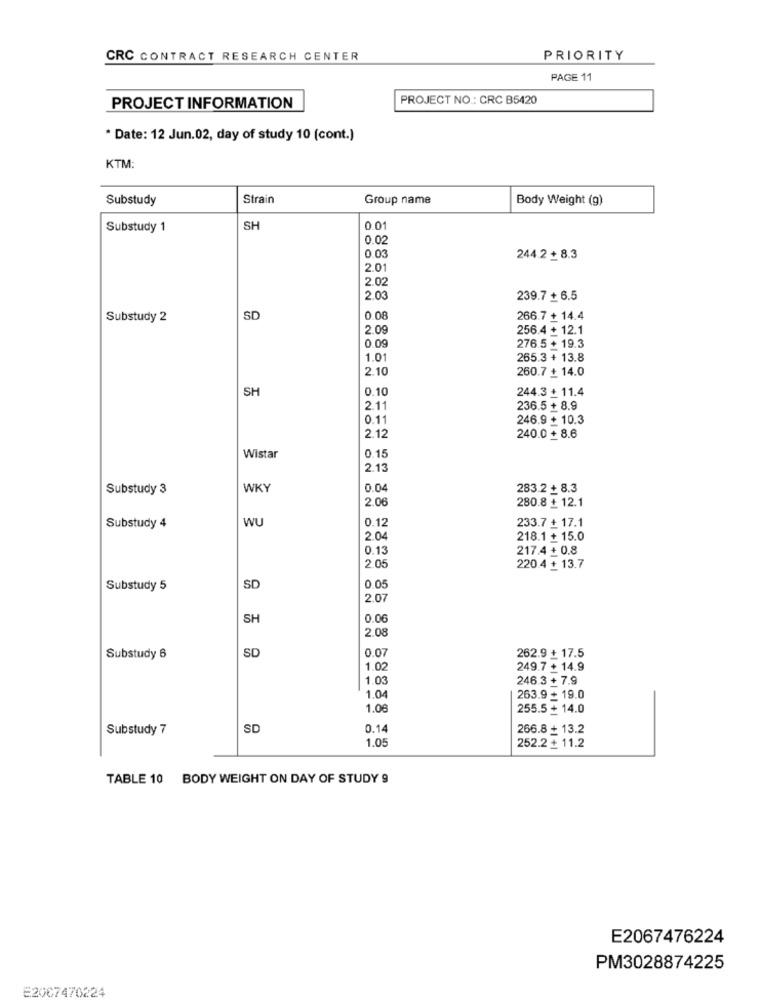
CRC CONTRACT RESEARCH CENTER
PRIORITY
PAGE 11
PROJECT NO .: CRC B5420
PROJECT INFORMATION
* Date: 12 Jun.02, day of study 10 (cont.)
KTM:
Substudy
Strain
Group name
Body Weight (g)
Substudy 1
SH
0.01
0.02
0.03
244.2 + 8.3
2.01
2.02
2.03
239.7 + 6.5
Substudy 2
SD
0.08
266.7 + 14.4
2.0
256.4 + 12.1
0.09
276.5 + 19.3
1.01
265.3 + 13.8
2.10
260.7 + 14.0
SH
0.10
244.3 + 11.4
2.11
236.5 + 8.9
0.11
246.9 + 10.3
2.12
240.0 + 8.6
0.15
Wistar
2.13
Substudy 3
WKY
0.04
283.2 + 8.3
2.06
280.8 + 12.1
WU
0.12
Substudy 4
233.7 + 17.1
2.04
218.1 + 15.0
0.13
217.4 + 0.8
2.05
220.4 + 13.7
Substudy 5
SD
0.05
2.07
SH
0.00
2.08
SD
0.07
262.9 + 17.5
Substudy 6
1.0
249.7 + 14.9
1.03
246.3 + 7.9
1.04
263.9+ 19.0
1.0€
255.5 + 14.0
Substudy 7
SD
0.1
266.8 + 13.2
1.0!
252.2 + 11.2
TABLE 10 BODY WEIGHT ON DAY OF STUDY 9
E2067476224
PM3028874225
E2007470224